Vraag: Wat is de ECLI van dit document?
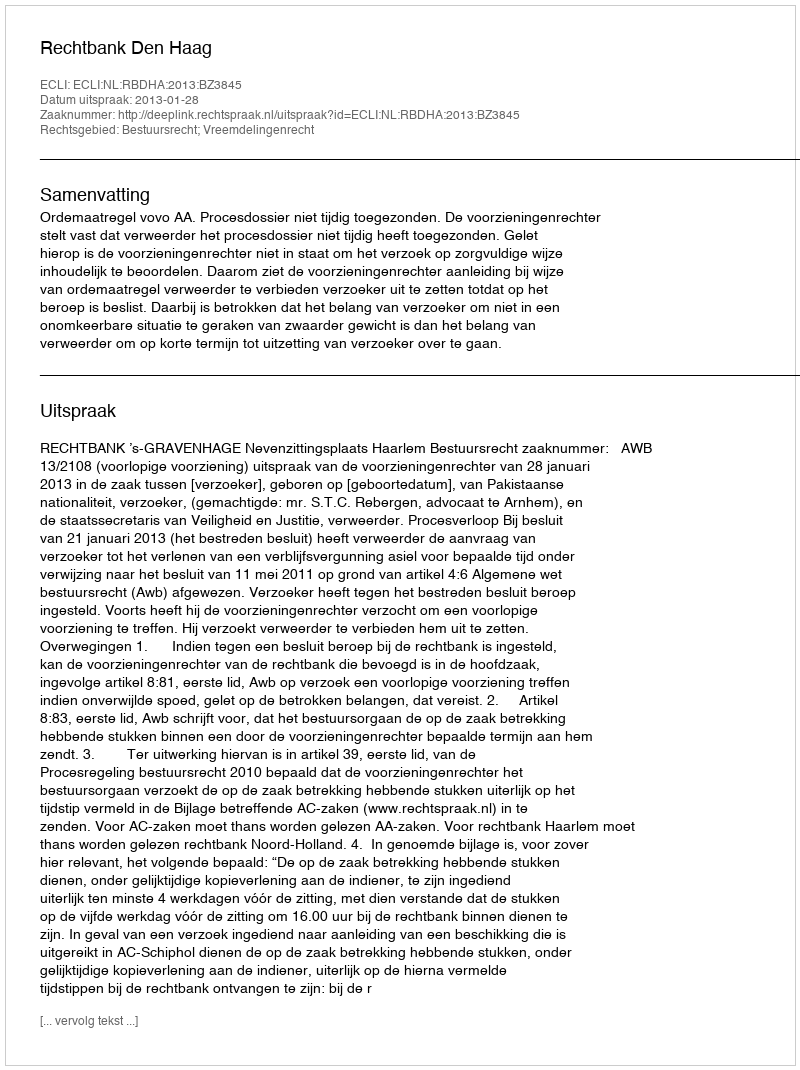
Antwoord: ECLI:NL:RBDHA:2013:BZ3845